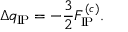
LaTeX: \Delta q _ { \mathrm { I \! P } } = - \frac { 3 } { 2 } { F } _ { \mathrm { I \! P } } ^ { ( c ) } .